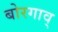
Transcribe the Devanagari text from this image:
बोरगाव्